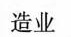
造业